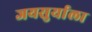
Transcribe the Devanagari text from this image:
जयसुर्याला